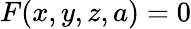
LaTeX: F(x,y,z,a)=0